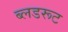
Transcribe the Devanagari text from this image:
ब्लडरूट